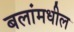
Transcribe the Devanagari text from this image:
बलांमधील